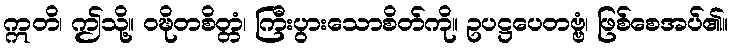
ဣတိ၊ ဤသို့။ ဝဍ္ဎိတစိတ္တံ၊ ကြီးပွားသောစိတ်ကို။ ဥပဋ္ဌပေတဗ္ဗံ၊ ဖြစ်စေအပ်၏။